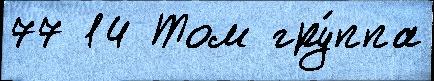
77 14 Том гру́ппа